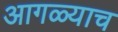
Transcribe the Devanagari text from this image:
आगळ्याच